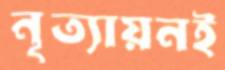
নৃত্যায়নই